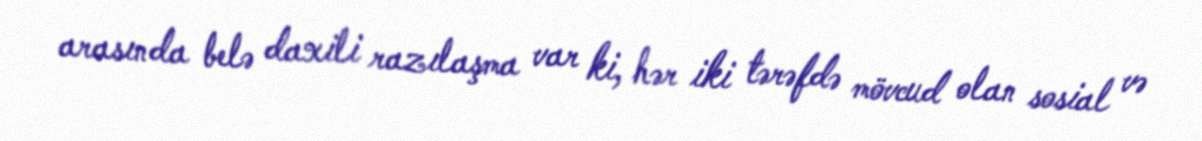
arasında belə daxili razılaşma var ki, hər iki tərəfdə mövcud olan sosial və